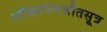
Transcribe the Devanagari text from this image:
शांखायनश्रौतसूत्र